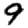
Digit: 9